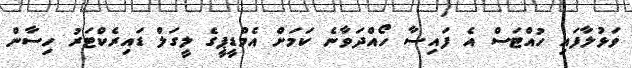
ވަޅުލާފައި ހުއްޓަސް އެ ފައިސާ ހޯއްދަވާނެ ކަމަށް އެމްޑީޕީގެ ލީގަލް ޑައިރެކްޓަރު ހިސާން